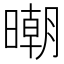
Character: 𣊿